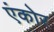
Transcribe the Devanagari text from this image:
एंकोर